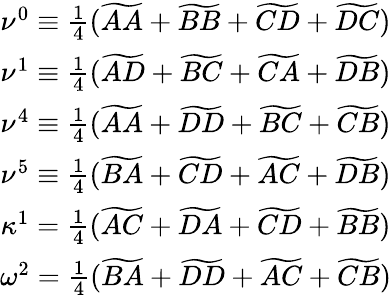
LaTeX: \begin{array}{cc}{\nu^{0}\equiv\frac{1}{4}(\widetilde{AA}+\widetilde{BB}+\widetilde{CD}+\widetilde{DC})}\\ {\nu^{1}\equiv\frac{1}{4}(\widetilde{AD}+\widetilde{BC}+\widetilde{CA}+\widetilde{DB})}\\ {\nu^{4}\equiv\frac{1}{4}(\widetilde{AA}+\widetilde{DD}+\widetilde{BC}+\widetilde{CB})}\\ {\nu^{5}\equiv\frac{1}{4}(\widetilde{BA}+\widetilde{CD}+\widetilde{AC}+\widetilde{DB})}\\ {\kappa^{1}=\frac{1}{4}(\widetilde{AC}+\widetilde{DA}+\widetilde{CD}+\widetilde{BB})}\\ {\omega^{2}=\frac{1}{4}(\widetilde{BA}+\widetilde{DD}+\widetilde{AC}+\widetilde{CB})}\end{array}